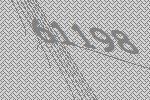
61198